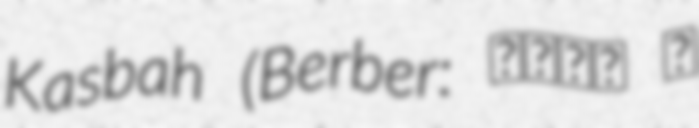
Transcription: Kasbah (Berber: ⵉⵖⵔⵎ ⵏ